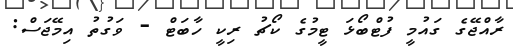
ރާއްޖޭގެ ގައުމީ ފުޓްބޯޅަ ޓީމުގެ ކޯޗު ރިކީ ހާބަޓް - ވަގުތު އިމޭޖަސް: